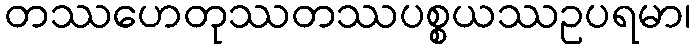
တဿဟေတုဿတဿပစ္စယဿဥပရမာ၊